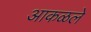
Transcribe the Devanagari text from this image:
आकळले